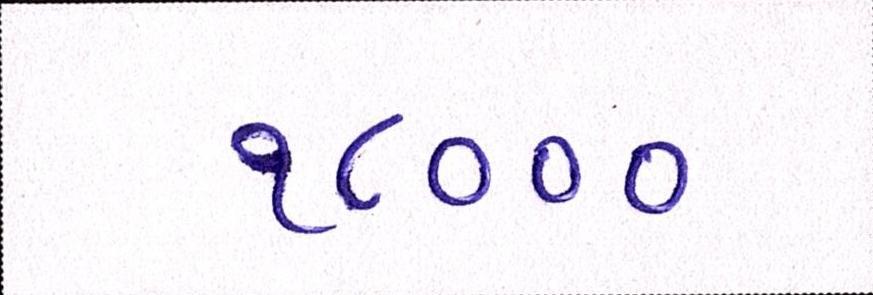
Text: ૧૮૦૦૦